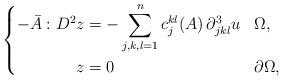
LaTeX: \begin{align*}\left\{\begin{aligned}-\bar{A}:D^2 z &= -\sum_{j,k,l=1}^n c_j^{kl}(A)\, \partial_{jkl}^3 u& &\Omega,\\z &= 0& &\partial\Omega,\end{aligned}\right.\end{align*}